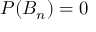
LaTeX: P ( B _ { n } ) = 0